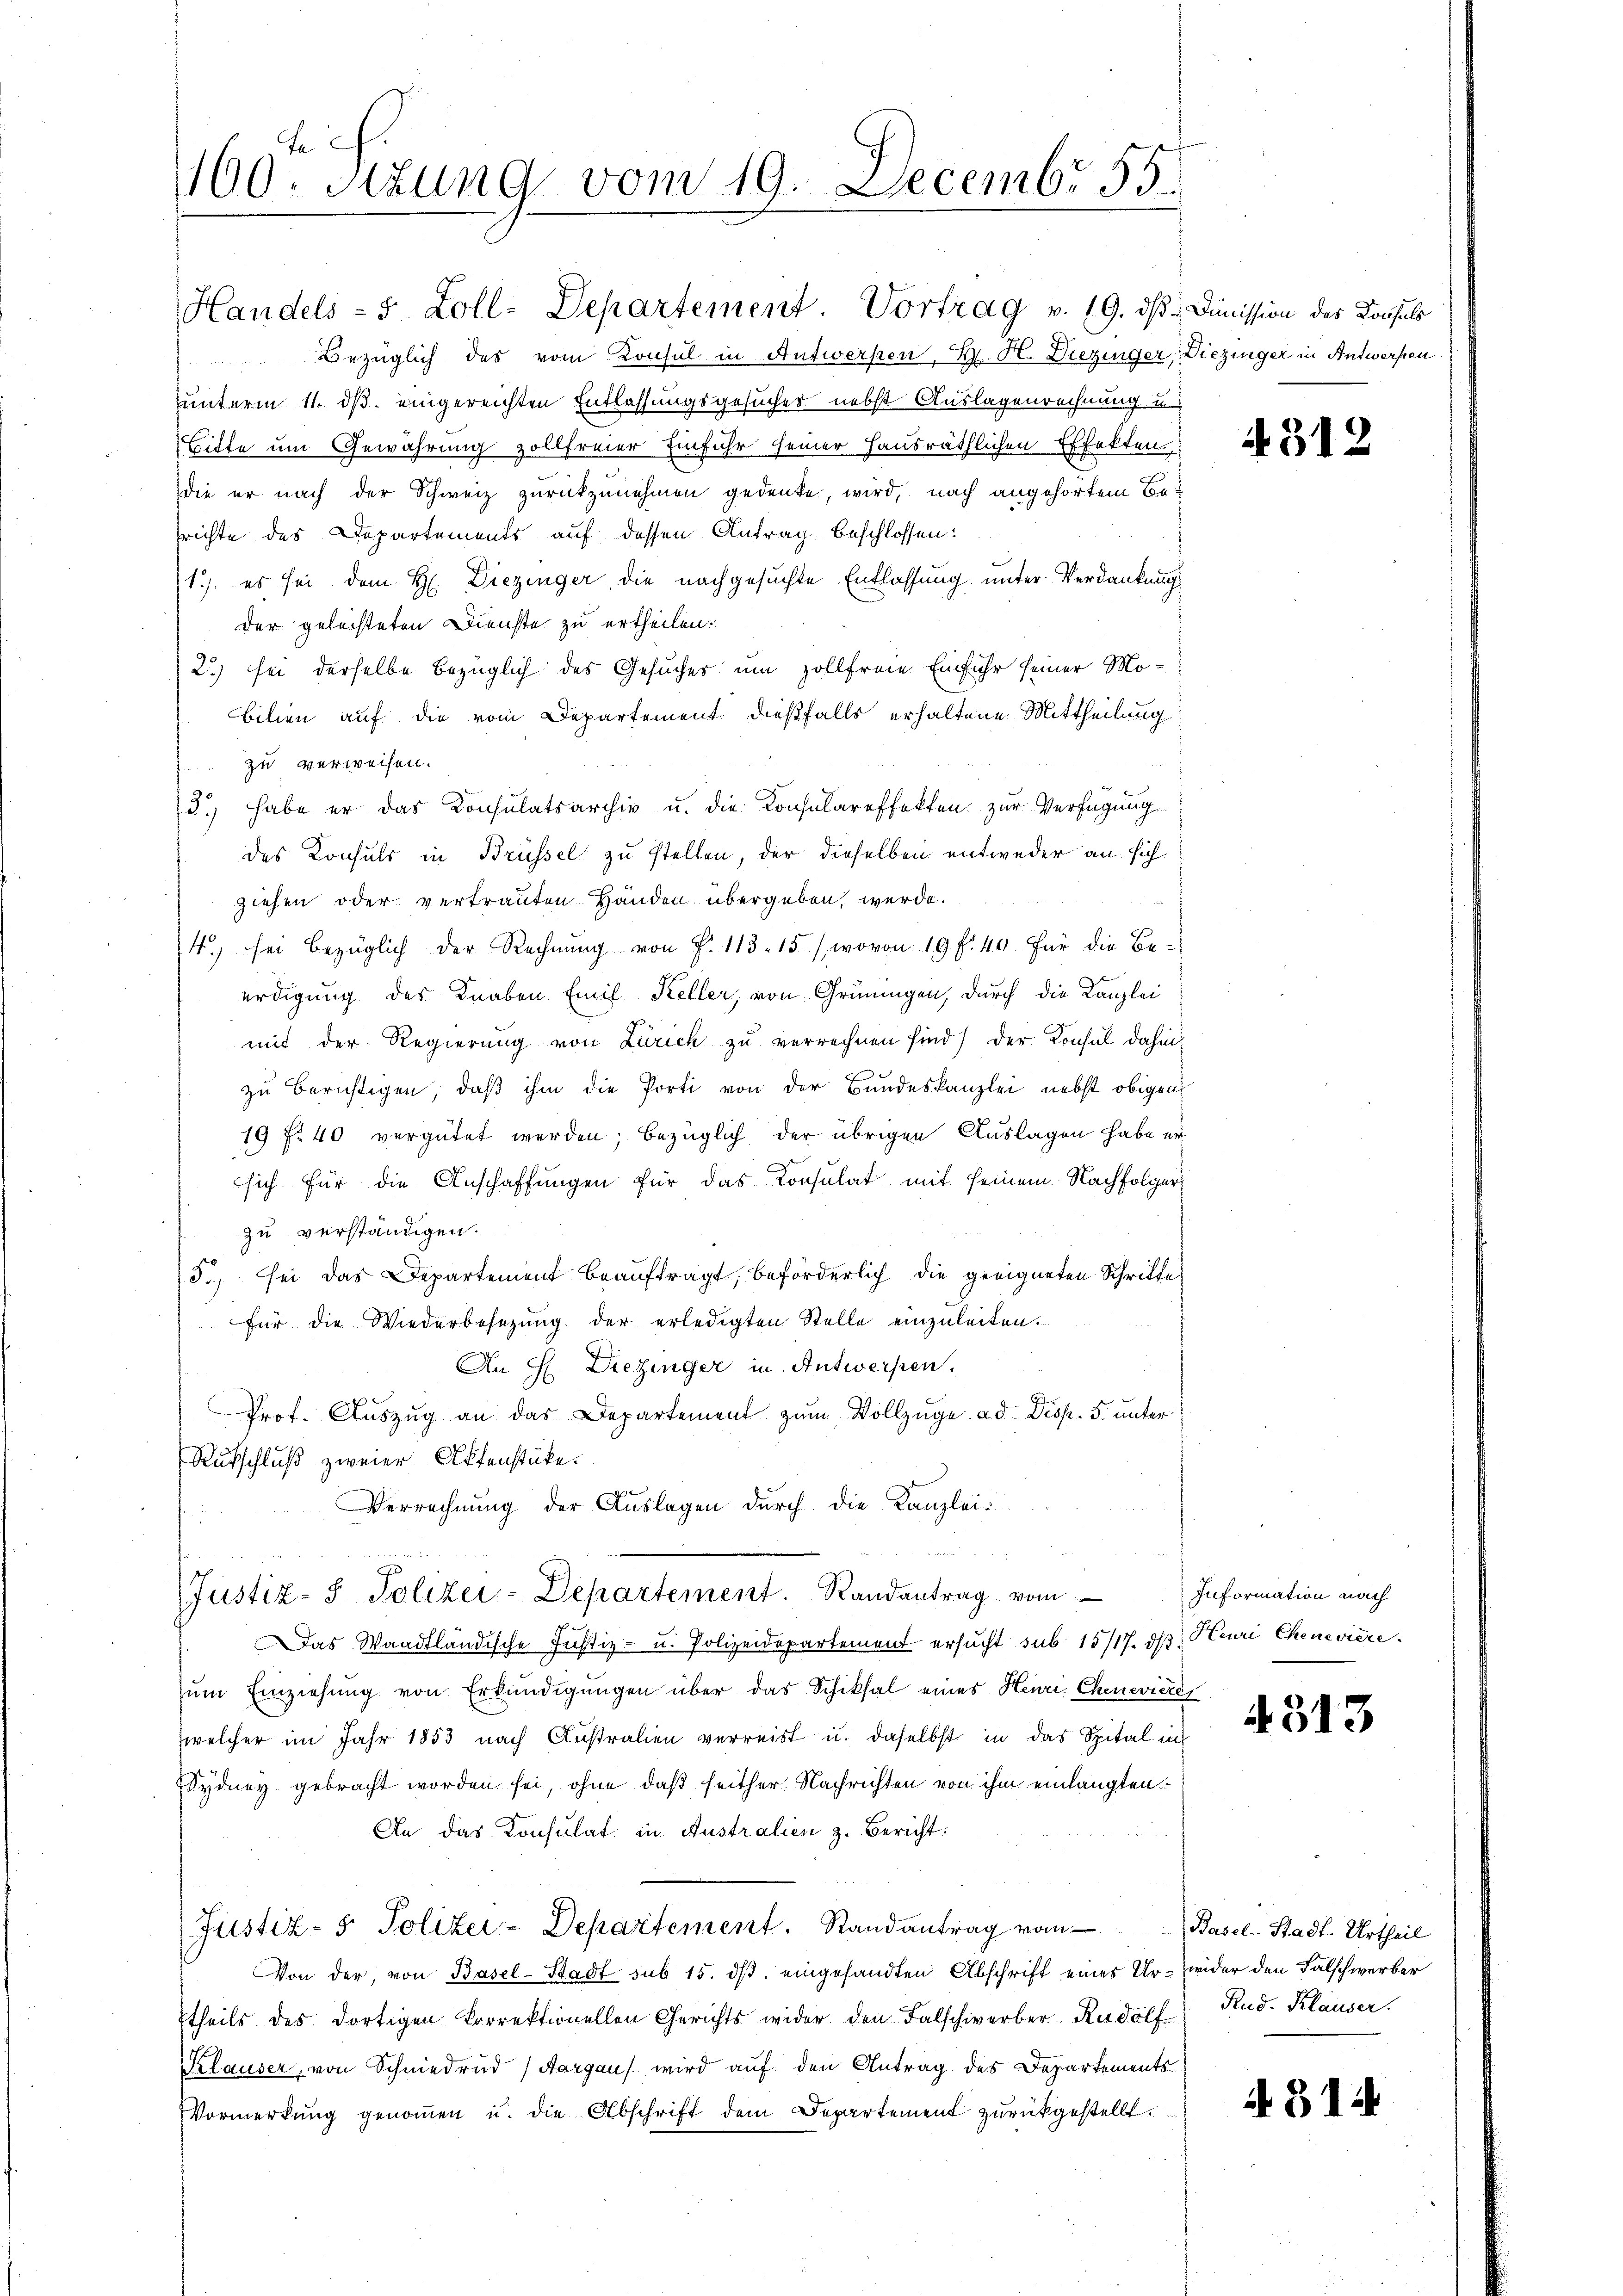
160. Stzung vom 19. Decembr 535.

Bezüglich des vom Konsul in Antwerken, H. H. Diezinger, Diezinger in Antwerfen
unterm 11. ds. eingereichten Entlassungsgesuches nebst Auslagenrechnung u.
Bitte um Gewährung zollfreier Einfuhr seiner Hausräthlichen Effekten
die er nach der Schweiz zurückzunehmen gedenke, wird, nach angehörtem Berichte des Departements auf dessen Antrag beschlossen:
1) es sei dem H. Diezinger die nachgesuchte Entlassung unter Verdankungs
der gelachteten Dienste zu ertheilen.
2.) sei derselbe bezüglich des Gesuches um Zollfreie Einfuhr seiner Mo-
bilien auf die vom Departement dießfalls erhaltene Mittheilung
zu verweisen.
3., habe er das Konsulatsarchiv u. die Konsulareffekten zur Verfügung
des Konsuls in Brüssel zu stellen, der dieselben entweder an sich
ziehen oder vertrauten Händen übergeben, werde.
4. sei bezüglich der Rechnŭng von Fr. 113. 15. (wovon 19 f. 49 für die Be-
erdigung des Knaben Emil Keller, von Grüningen, durch die Kanzlei
mit der Regierung von Zürich zu verrechnen sind) der Konsul dahin,
zu berichtigen, daß ihm die Porti von der Bundeskanzlei nebst obigen
19 f. 40 vergütet werden; bezüglich der übrigen Auslagen habe er
sich. Für die Anschaffungen für das Konsulat mit seinem Nachfolger
zu verständigen.
5., sei das Departement beauftragt, beförderlich die geeigneten Schritte
für die Wiederbesezung der erledigten Stelle einzuleiten.
An H. Diezinger in Antwerpen.
Prof. Auszug an das Departement zŭm Vollzüge ad Disp. 5. unter
Rutschluß zweier Aktenstücke.
Verrechnung der Auslagen durch die Kanzleis
Justiz- & Polizei-Departement. Randantrag vom
Das Waadtländische Justiz- u. Polizeidepartement ersucht sub 15/17. ds. Huri Chenevière
zum Einziehung von Erkundigungen über das Schiksal eines Henri Chenevière
welcher im Jahr 1853 nach Australien verreist u. daselbst in das Spital in
Sydney gebracht worden sei, ohne daß seither Nachrichten von ihm einlangten
An das Konsulat in Australien z. Bericht:
Justiz- & Polizei-Departement. Randantrag von
Von der, von Basel-Stadt sub 15. ds. eingesandten Abschrift einer Ur- wider den Falschwerber
theils des dortigen korrektionellen Gerichts wider den Falschwerber Rudolf Rud. Klauser.
Klauser, von Schniedrud (Aargaus wird auf den Antrag des Departements
Vormerkŭng genoṁen u. die Abschrift dem Departement zurückgestellt.

Handels - 5 Zoll-Departement. Vortrag v. 19. dβ Dimission des Konsuls

4312

Information nach

4313

Basel-Stadt. Urtheil

431.

k